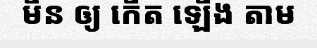
មិន ឲ្យ កើត ឡើង តាម